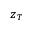
z _ { T }